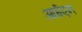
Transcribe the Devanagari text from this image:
आईएन